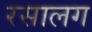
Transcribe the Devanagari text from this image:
रसालग